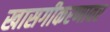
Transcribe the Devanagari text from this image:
खासगीकरणावर